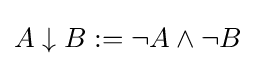
A\downarrow B:=\neg A\land \neg B